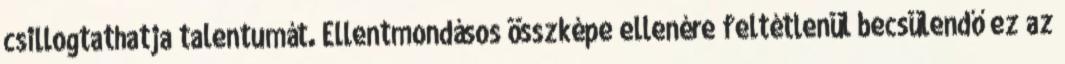
csillogtathatja talentumát. Ellentmondásos összképe ellenére feltétlenül becsülendő ez az